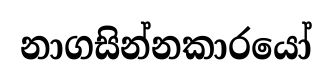
නාගසින්නකාරයෝ